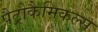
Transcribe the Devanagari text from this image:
पैट्रोकैमिकल्स